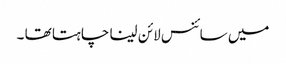
میں سائنس لائن لینا چاہتا تھا ۔